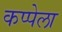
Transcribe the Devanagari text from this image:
कप्पेला